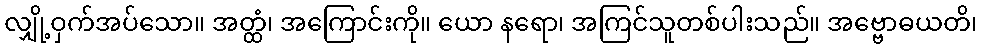
လျှို့ဝှက်အပ်သော။ အတ္ထံ၊ အကြောင်းကို။ ယော နရော၊ အကြင်သူတစ်ပါးသည်။ အဗ္ဗောဓယတိ၊